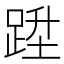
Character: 𨁠